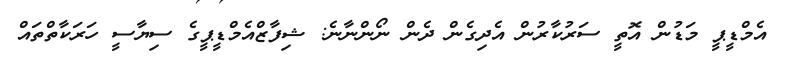
އެމްޑީޕީ މަޑުން އޮތީ ސަރުކާރުން އެދިގެން ދެން ނޯންނާނެ: ޝިފާޒްއެމްޑީޕީގެ ސިޔާސީ ހަރަކާތްތައް